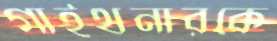
গাইথনারকে